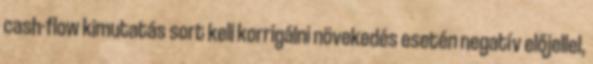
cash-flow kimutatás sort kell korrigálni növekedés esetén negatív előjellel,